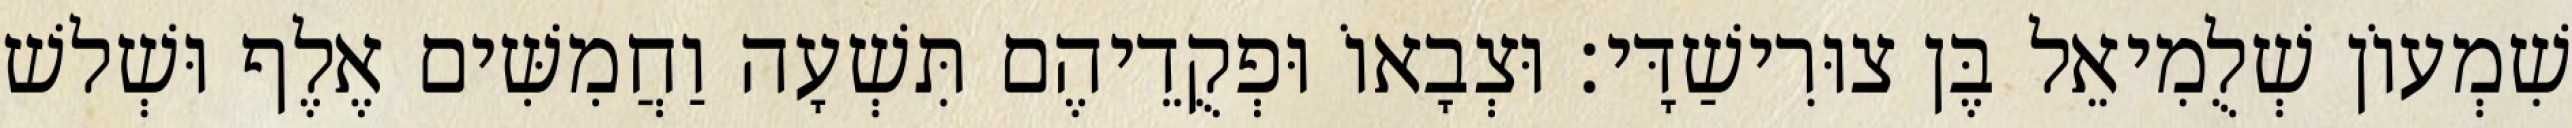
שִׁמְעוֹן שְׁלֻמִיאֵל בֶּן צוּרִישַׁדָּי׃ וּצְבָאוֹ וּפְקֻדֵיהֶם תִּשְׁעָה וַחֲמִשִּׁים אֶלֶף וּשְׁלשׁ